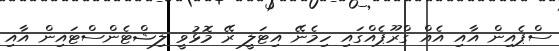
ސްޕެއިން އާއި އެއް ގްރޫޕެއްގައި ހިމެނޭ އިޓަލީ ރޭ މޮޅުވީ ލިޝްޓެންސްޓައިން އާއި